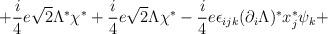
LaTeX: \begin{align*}+\frac{i}{4}e\sqrt{2}\Lambda ^{\ast }\chi ^{\ast }+\frac{i}{4}e\sqrt{2}\Lambda \chi ^{\ast }-\frac{i}{4}e\epsilon _{ijk}(\partial _{i}\Lambda )^{\ast }x_{j}^{\ast }\psi_{k}+\end{align*}